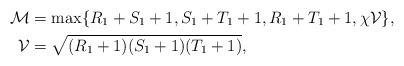
LaTeX: \begin{align*}\mathcal{M}&=\max\{R_1+S_1+1,S_1+T_1+1,R_1+T_1+1,\chi \mathcal{V} \},\\\mathcal{V} &=\sqrt{(R_1+1)(S_1+1)(T_1+1)},\end{align*}